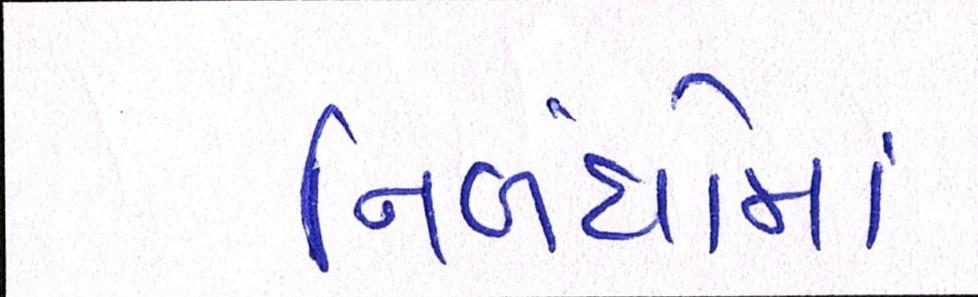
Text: નિબંધોમાં